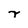
Character: r